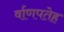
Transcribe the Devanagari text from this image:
र्वाणपतेह